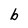
Character: b